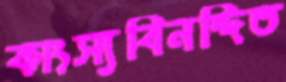
কাংস্যবিনন্দিত